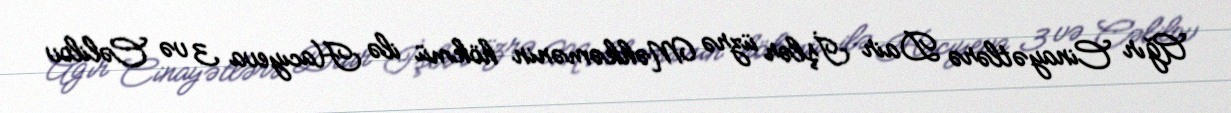
Ağır Cinayətlərə Dair İşlər üzrə Məhkəmənin hökmü ilə Hacıyeva 3 və Cəlilov